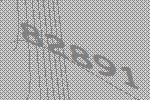
82891